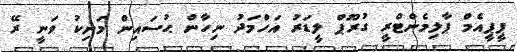
ޕީޕީއެމް ޕާލިމެންޓްރީ ގުރޫޕް ލީޑަރު އަހްމަދު ނިހާން ޙުސައިން މަނިކު ވަނީ ރޭ